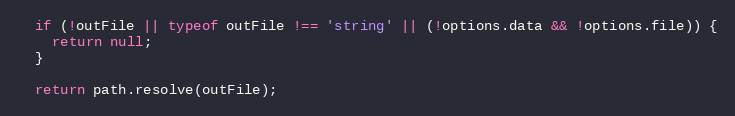
Language: JavaScript
  if (!outFile || typeof outFile !== 'string' || (!options.data && !options.file)) {
    return null;
  }

  return path.resolve(outFile);